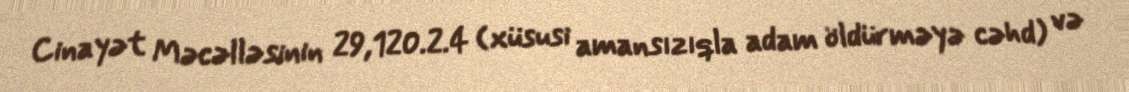
Cinayət Məcəlləsinin 29,120.2.4 (xüsusi amansızıqla adam öldürməyə cəhd) və